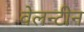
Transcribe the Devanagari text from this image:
वेलन्टीन